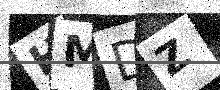
Text: HMDZ